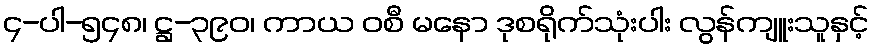
၄-ပါ-၅၄၈၊ ဋ္ဌ-၃၉၀၊ ကာယ ဝစီ မနော ဒုစရိုက်သုံးပါး လွန်ကျူးသူနှင့်